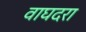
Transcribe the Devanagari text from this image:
वाघदरा